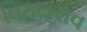
વિઠલરાવ